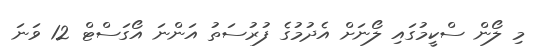
މި ލޯން ސްކީމުގައި ލޯނަށް އެދުމުގެ ފުރުސަތު އަންނަ އޯގަސްޓް 12 ވަނަ